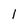
Character: 1